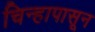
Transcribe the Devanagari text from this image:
चिन्हापासून